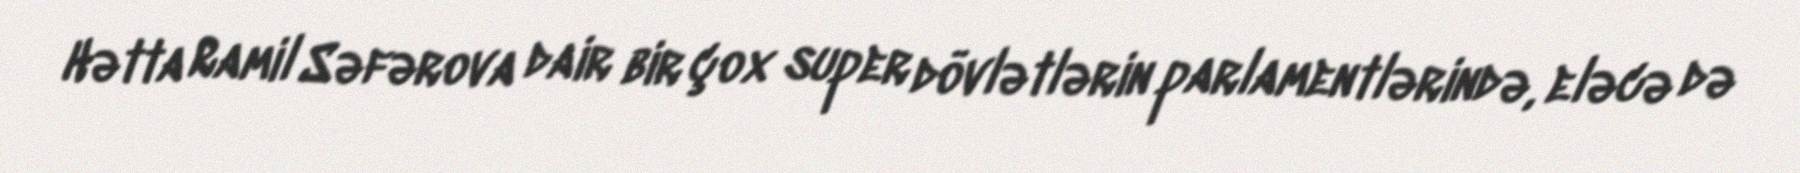
Hətta Ramil Səfərova dair bir çox super dövlətlərin parlamentlərində, eləcə də